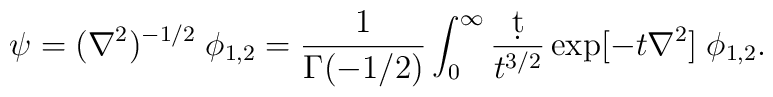
\psi = (\nabla^2)^{-1/2} \; \phi_{1,2} = {1\over\Gamma(-1/2)} \int_0^\infty {\d t\over t^{3/2}} \exp[-t \nabla^2] \; \phi_{1,2}.